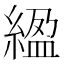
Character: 䋼